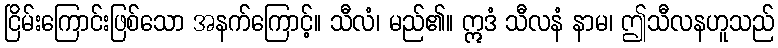
ငြိမ်းကြောင်းဖြစ်သော အနက်ကြောင့်။ သီလံ၊ မည်၏။ ဣဒံ သီလနံ နာမ၊ ဤသီလနဟူသည်